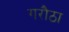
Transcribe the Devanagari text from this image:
गरौठा